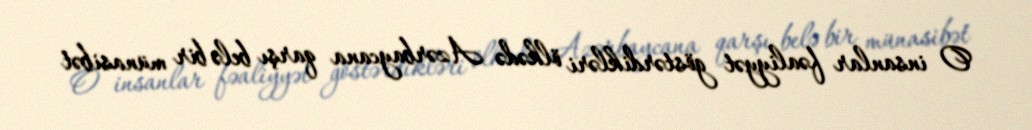
O insanlar fəaliyyət göstərdikləri ölkədə Azərbaycana qarşı belə bir münasibət